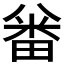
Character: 𠔪